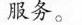
服务。